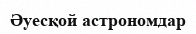
Әуесқой астрономдар